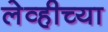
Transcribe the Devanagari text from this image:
लेव्हीच्या